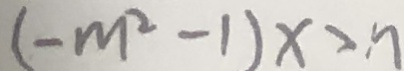
( - m ^ { 2 } - 1 ) x > n